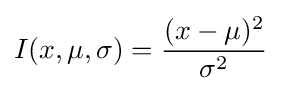
I(x,\mu ,\sigma )={\frac {(x-\mu )^{2}}{\sigma ^{2}}}